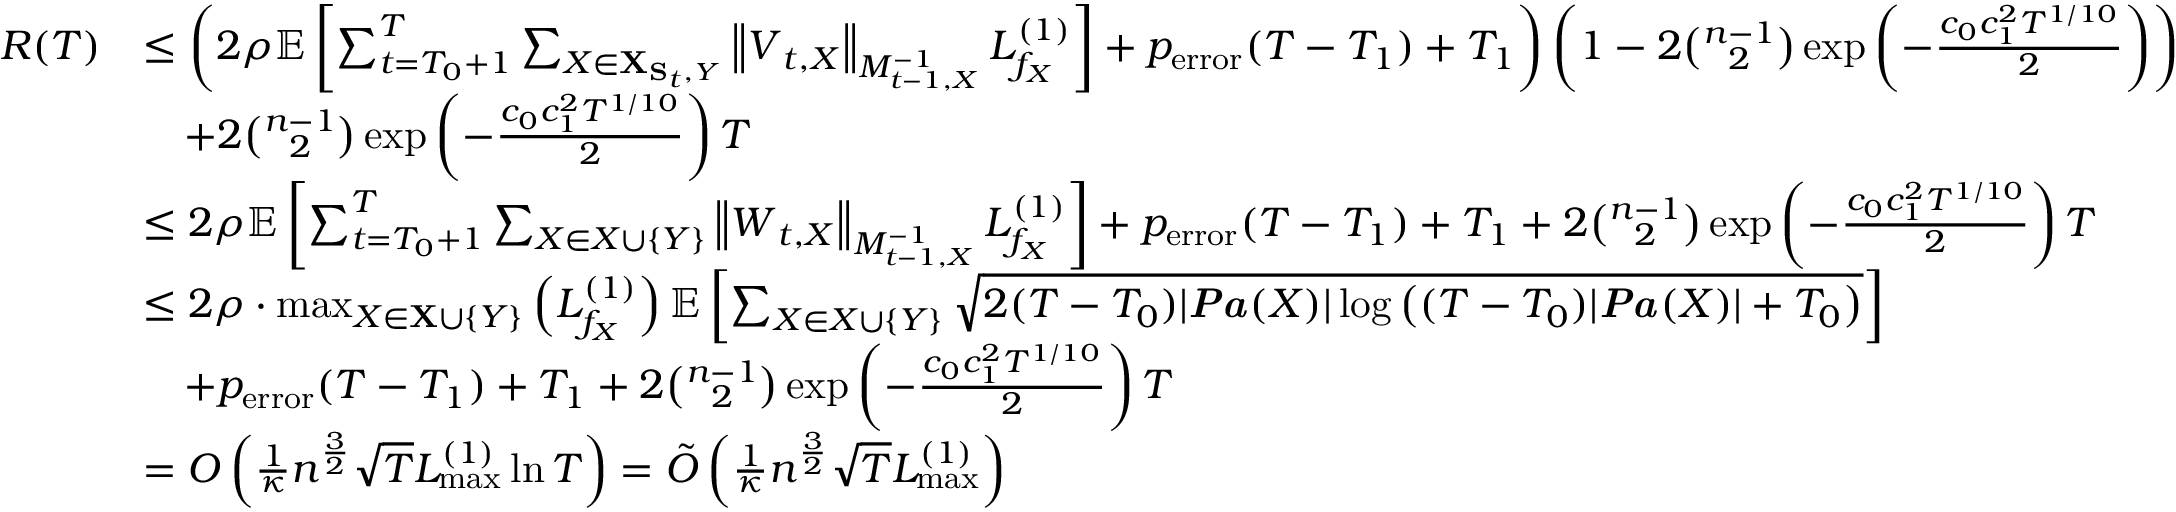
\begin{array} { r l } { R ( T ) } & { \leq \left( 2 \rho \mathbb { E } \left[ \sum _ { t = T _ { 0 } + 1 } ^ { T } \sum _ { X \in { \bf X } _ { { \bf S } _ { t } , Y } } \left\| \boldsymbol { V } _ { t , X } \right\| _ { M _ { t - 1 , X } ^ { - 1 } } L _ { f _ { X } } ^ { ( 1 ) } \right] + p _ { \mathrm { e r r o r } } ( T - T _ { 1 } ) + T _ { 1 } \right) \left( 1 - 2 \binom { n - 1 } { 2 } \exp \left( - \frac { c _ { 0 } c _ { 1 } ^ { 2 } T ^ { 1 / 1 0 } } { 2 } \right) \right) } \\ & { \quad + 2 \binom { n - 1 } { 2 } \exp \left( - \frac { c _ { 0 } c _ { 1 } ^ { 2 } T ^ { 1 / 1 0 } } { 2 } \right) T } \\ & { \leq 2 \rho \mathbb { E } \left[ \sum _ { t = T _ { 0 } + 1 } ^ { T } \sum _ { X \in \boldsymbol { X } \cup \{ Y \} } \left\| \boldsymbol { W } _ { t , X } \right\| _ { M _ { t - 1 , X } ^ { - 1 } } L _ { f _ { X } } ^ { ( 1 ) } \right] + p _ { \mathrm { e r r o r } } ( T - T _ { 1 } ) + T _ { 1 } + 2 \binom { n - 1 } { 2 } \exp \left( - \frac { c _ { 0 } c _ { 1 } ^ { 2 } T ^ { 1 / 1 0 } } { 2 } \right) T } \\ & { \leq 2 \rho \cdot \operatorname* { m a x } _ { X \in { \bf X } \cup \{ Y \} } \left( L _ { f _ { X } } ^ { ( 1 ) } \right) \mathbb { E } \left[ \sum _ { X \in \boldsymbol { X } \cup \{ Y \} } \sqrt { 2 ( T - T _ { 0 } ) | \boldsymbol { \it P a } ( X ) | \log \left( ( T - T _ { 0 } ) | \boldsymbol { \it P a } ( X ) | + T _ { 0 } \right) } \right] } \\ & { \quad + p _ { \mathrm { e r r o r } } ( T - T _ { 1 } ) + T _ { 1 } + 2 \binom { n - 1 } { 2 } \exp \left( - \frac { c _ { 0 } c _ { 1 } ^ { 2 } T ^ { 1 / 1 0 } } { 2 } \right) T } \\ & { = O \left( \frac { 1 } { \kappa } n ^ { \frac { 3 } { 2 } } \sqrt { T } L _ { \operatorname* { m a x } } ^ { ( 1 ) } \ln T \right) = \tilde { O } \left( \frac { 1 } { \kappa } n ^ { \frac { 3 } { 2 } } \sqrt { T } L _ { \operatorname* { m a x } } ^ { ( 1 ) } \right) } \end{array}